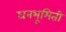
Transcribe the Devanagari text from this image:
घनभूमिती